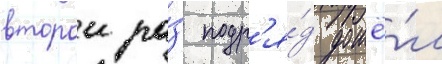
второи ра́з подр'я́д дошё́л